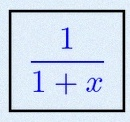
\frac{1}{1+x}